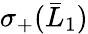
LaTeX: \sigma_{+}(\bar{L}_{1})